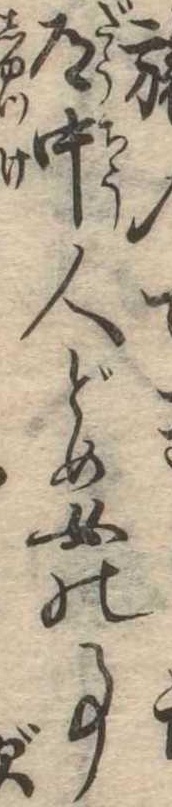
旅ので道中人どめ女の事